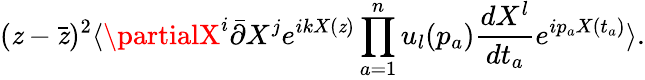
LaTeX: (\mathit{z}-\bar{{\mathit{z}}})^{2}\langle\partialX^{i}\bar{{\partial}}X^{j}e^{ikX(\mathit{z})}\prod_{a=1}^{n}u_{l}(p_{a})\frac{{dX^{l}}}{{dt_{a}}}e^{ip_{a}X(t_{a})}\rangle.